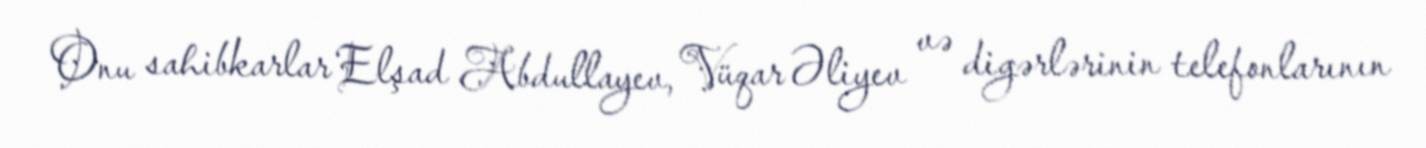
Onu sahibkarlar Elşad Abdullayev, Vüqar Əliyev və digərlərinin telefonlarının